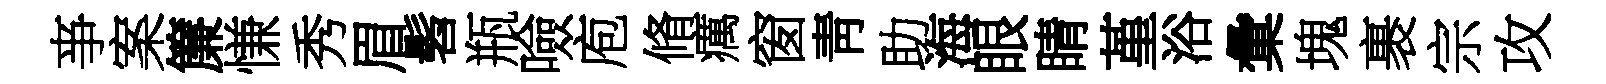
亊案簾慊秀眉髫瓶噞庖脩癘窗靑助海眼睛堇浴彙塊裹宗攻